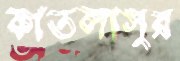
কাতলাসুর